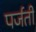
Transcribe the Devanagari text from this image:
पर्जती